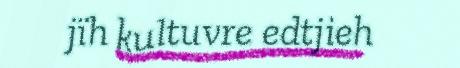
jïh kultuvre edtjieh